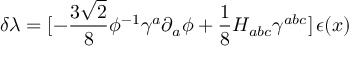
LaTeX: \delta \lambda = [ - { \frac { 3 \sqrt 2 } { 8 } } \phi ^ { - 1 } \gamma ^ { a } \partial _ { a } \phi + { \frac { 1 } { 8 } } H _ { a b c } \gamma ^ { a b c } ] \, \epsilon ( x )